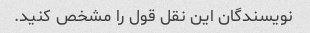
نویسندگان این نقل قول را مشخص کنید.